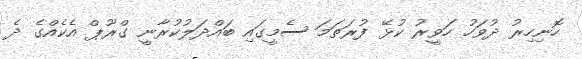
ހޮނިހިރު ދުވަހު ހަވީރު ކުޅޭ ފުރަތަމަ ސެމީގައި ބައްދަލުކުރާނީ ގްރޫޕް އެކެއްގެ ދެ